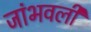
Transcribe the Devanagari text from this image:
जांभवली